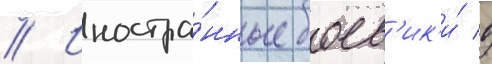
// Иностра́нные боев'ик'и́ в